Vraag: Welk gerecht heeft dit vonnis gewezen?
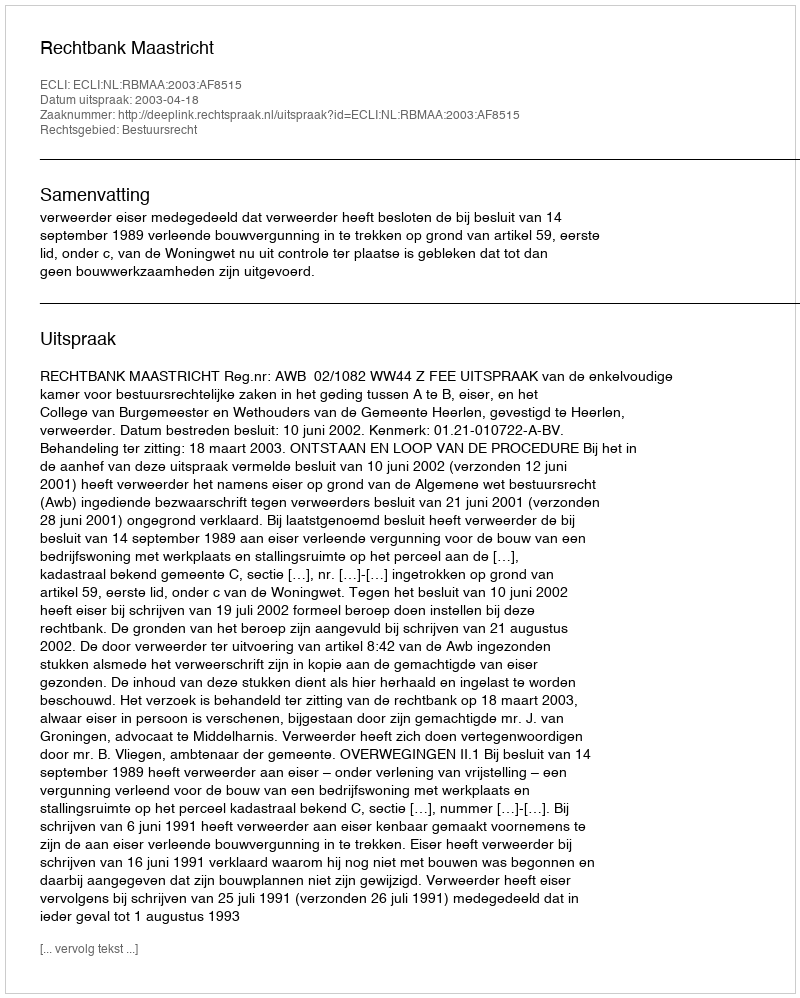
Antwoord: Rechtbank Maastricht